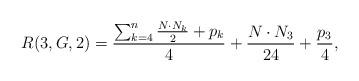
LaTeX: \begin{align*}R(3,G,2)=\frac{\sum_{k=4}^n \frac{N\cdot N_k}{2} +p_k }{4} + \frac{N \cdot N_3 }{24} + \frac{p_3}{4},\end{align*}